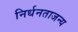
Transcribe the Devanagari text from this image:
निर्धनताजन्य